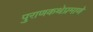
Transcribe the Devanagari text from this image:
पुराणकथेप्रमाणे